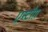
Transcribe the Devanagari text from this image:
एस्टौग़